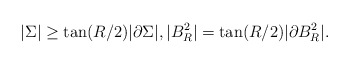
\begin{align*}|\Sigma | \geq \tan(R/2) | \partial \Sigma|, |B^2_R| = \tan(R/2) |\partial B^2_R|. \end{align*}